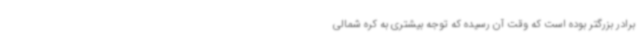
برادر بزرگتر بوده است که وقت آن رسیده که توجه بیشتری به کره شمالی